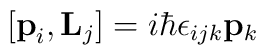
[{\bf{p}}_i,{\bf{L}}_j] = i\hbar \epsilon_{ijk} {\bf{p}}_k